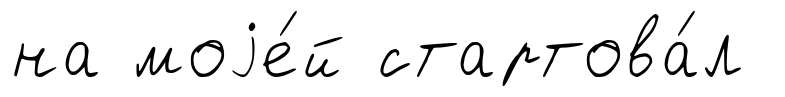
на моjе́й стартова́л